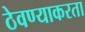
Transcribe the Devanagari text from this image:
ठेवण्याकरता